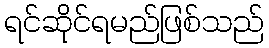
ရင်ဆိုင်ရမည်ဖြစ်သည်